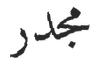
مجدر